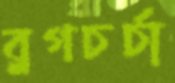
ব্লগচর্চা